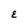
Character: E